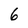
Character: 6